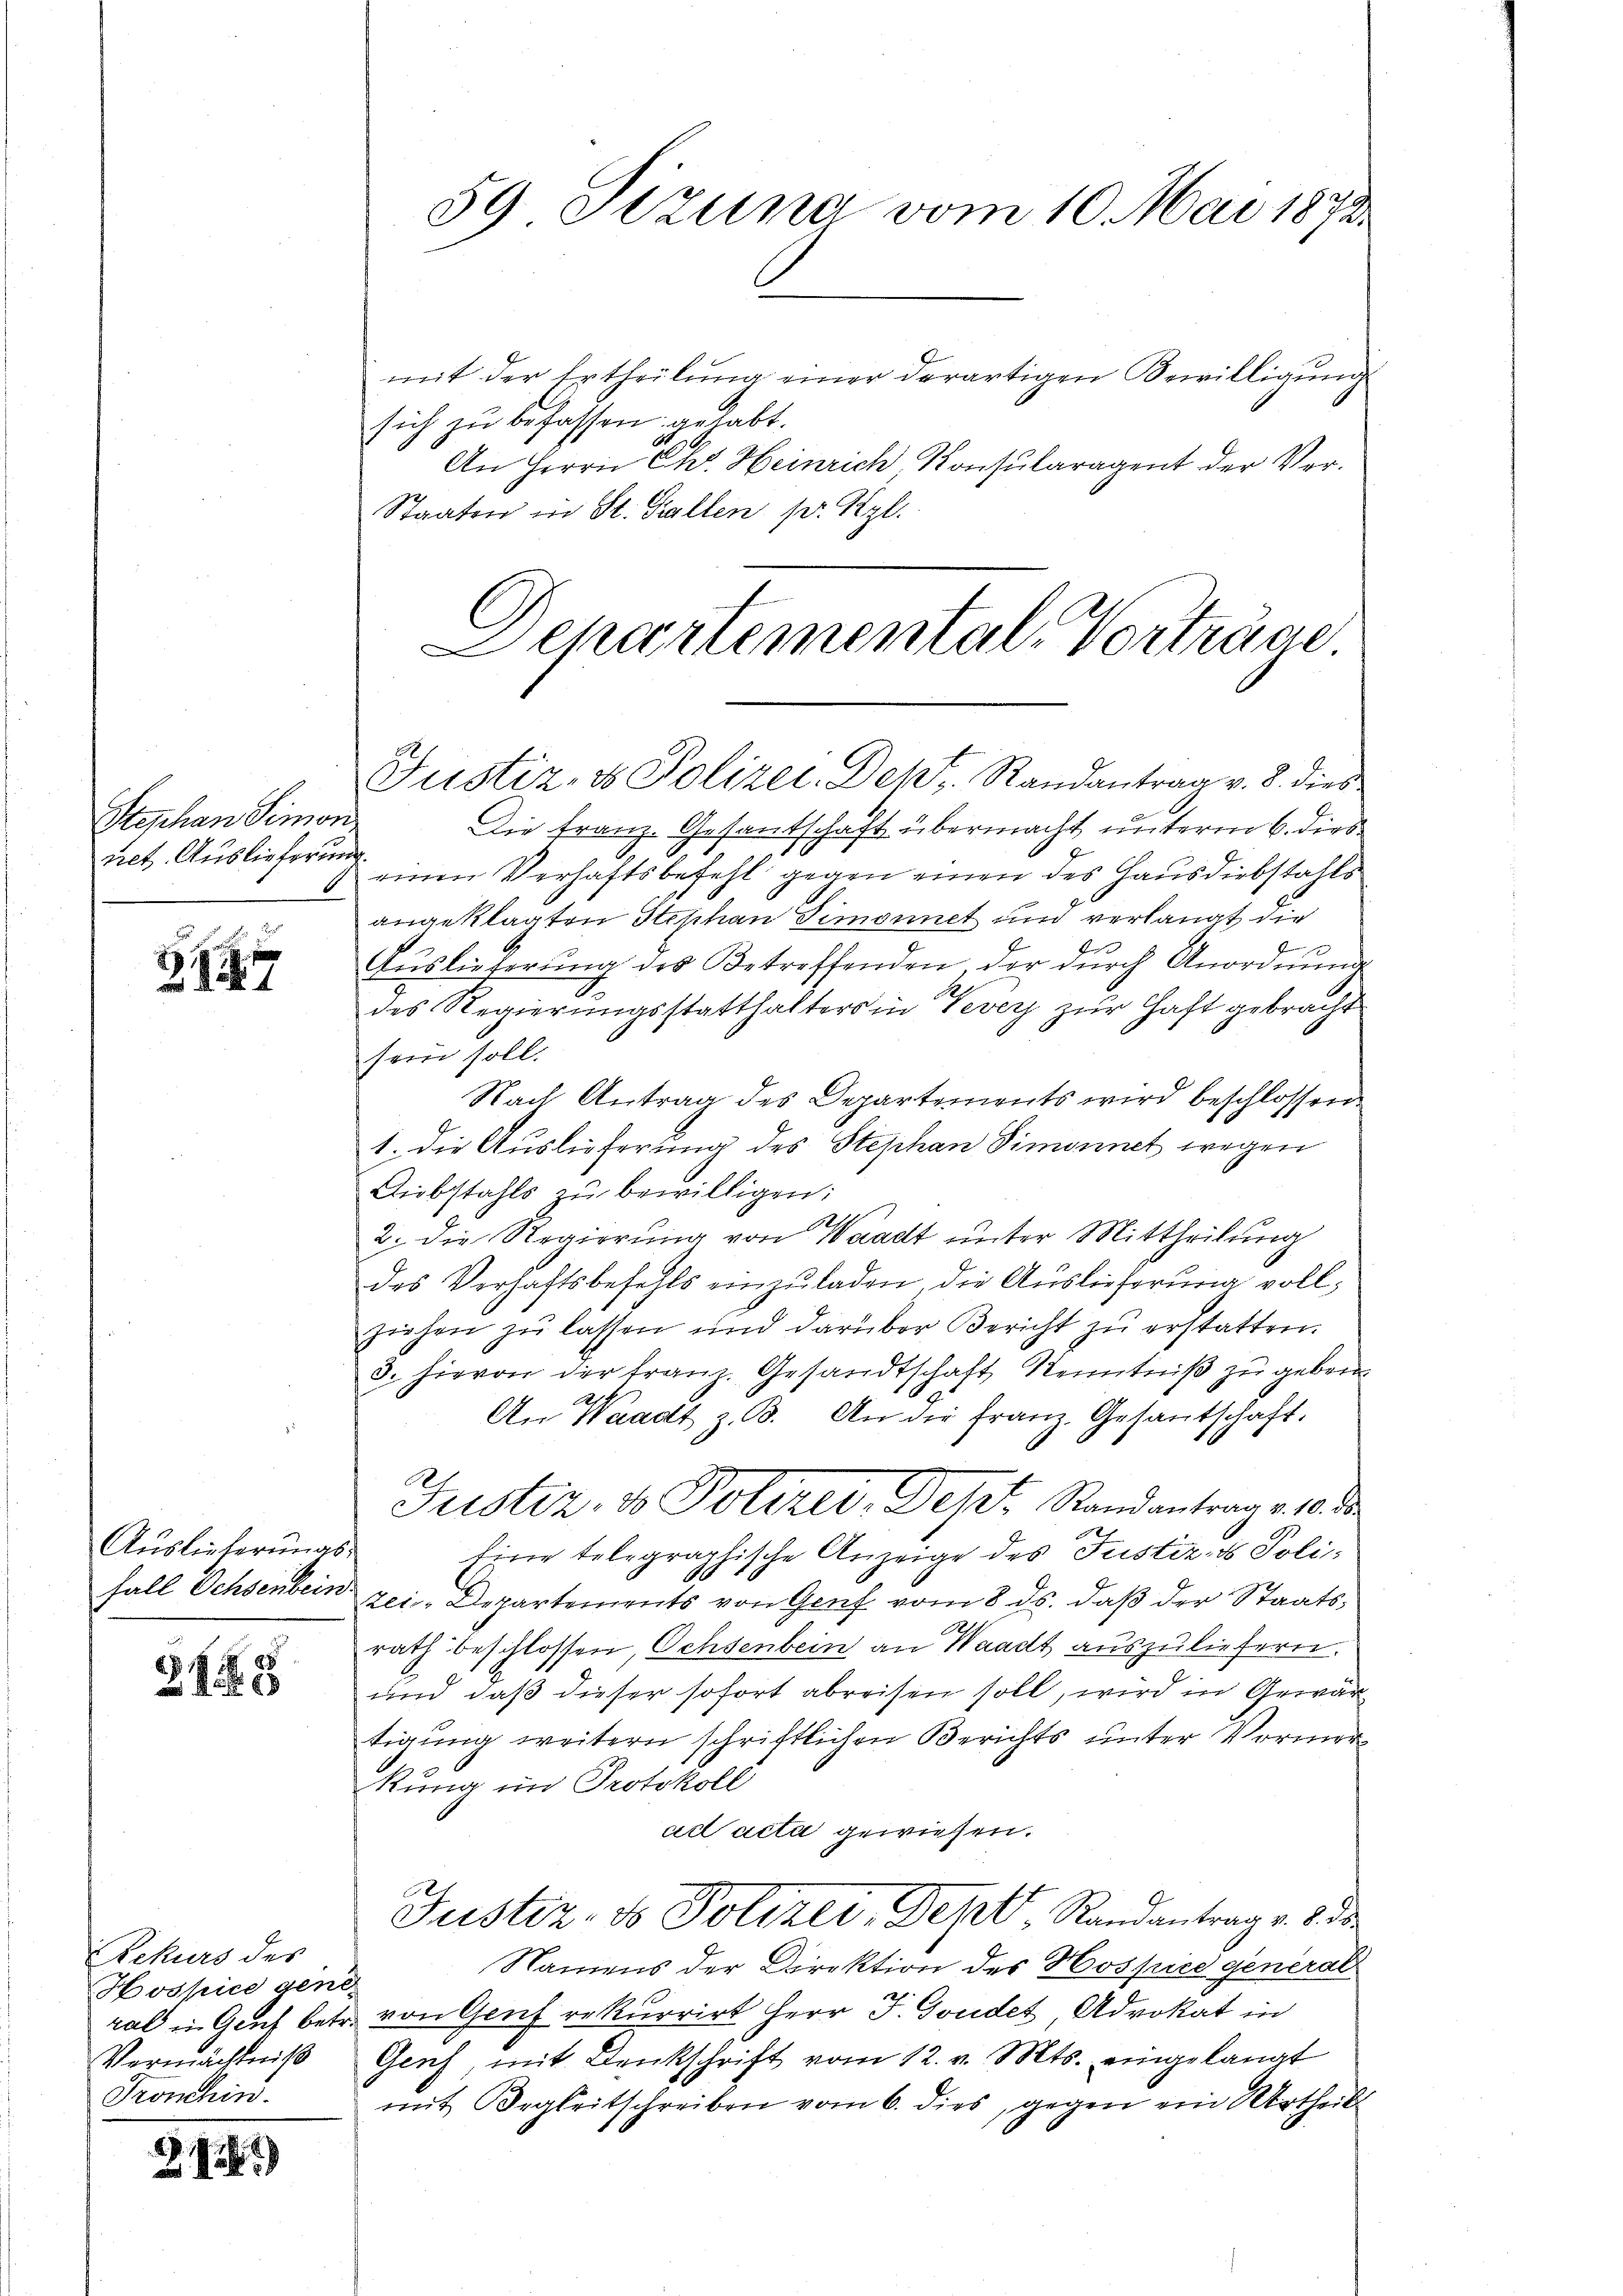
Stephan Simon
ret. Auslieferung.

Z.127

Auslieferungs¬
Fall Ochsenbein

388

Rekurs des
Hospice gene
Vermächtniß
Tronchin.

G.12)

mit der Ertheilŭng einer derartigen Bewilligŭng
sich zu befassen gehabt.
An Herrn Chr. Heinrich, Konsularagent der Ver¬
Staaten in St. Gallen pr. Kgl.
Departemental-Vorträge

59 Sezung vom 10. Mai 1873.

Justiz- & Polizei. Des Randantrag v. 8. dies

Die Franz. Gesantschaft übermacht unterm 6. dies
einen Verhaftsbefehl gegen einen des Hausdiebstahls
angeklagten Stephan Simonnet und verlangt die
Aŭslieferŭng des Betreffenden der dŭrch Anordnŭng
des Regierungsstatthalters in Vevey zur Haft gebracht
sein soll.
Nach Antrag des Departements wird beschlossen
1. die Auslieferung des Stephan Simonnet wegen
Diebstahls zŭ bewilligen:
2. die Regierung von Waadt unter Mittheilung
des Verhaftsbefehls einzŭladen, die Auslieferung vollziehen zŭ lassen und darüber Bericht zŭ erstatten.
3. hievon der franz. Gesandtschaft Kenntniß zu geben
An Waadt z. B. An die franz. Gesantschaft.
e
Justiz, 1 Polizei-Dept. Randantrag v. 10. d
Eine telegraphische Anzeige des Justiz- & Polizei-Departements von Genf vom 8. ds. daβ der Staatsh
rath beschlossen, Ochsenbein an Waadt auszuliefern.
und daß dieser sofort abreisen soll, wird in Gewärtigung weitern schriftlichen Berichts unter Vormerkung im Protokoll
act acta gewiesen.
Justiz- & Polizei, Sept, Randantrag v. 8. ds.
Namens der Direktion des Hospice general
ral in Genf betr. von Genf rekurrirt Herr J. Goudet Advokat in
Geich, mit Denkschrift vom 12. v. Mts. eingelangt
mit Begleitschreiben vom 6. dies, gegen ein Urtheil